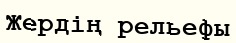
Жердің рельефы